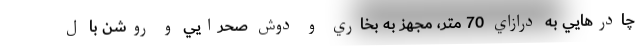
چادرهايي به درازاي 70 متر، مجهز به بخاري و دوش صحرايي و روشن با ل